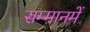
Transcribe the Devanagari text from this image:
सम्मानमें